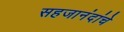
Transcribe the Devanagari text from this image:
सहजानंदांचे